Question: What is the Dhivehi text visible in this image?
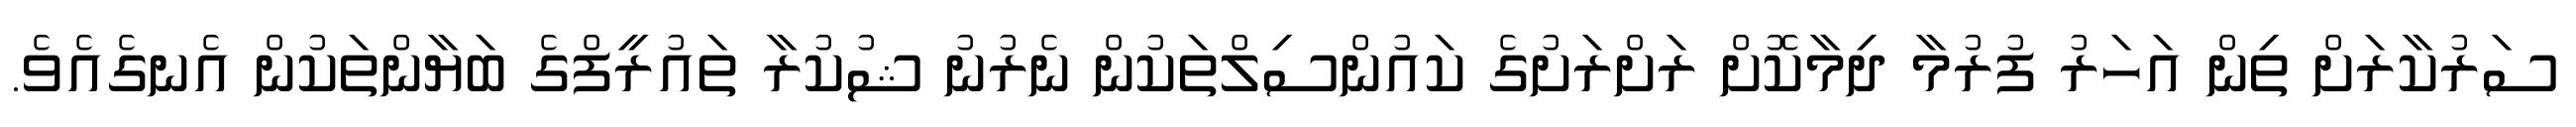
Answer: ސަރުކާރަށް ތިން އަހަރު ފުރުމާ ދިމާކޮށް ރަށްރަށުގެ ކައުންސިލްތަކުން ނެރުނު ޝުކުރާ ތައުރީފްގެ ބަޔާންތަކުން އެނގެއެވެ.